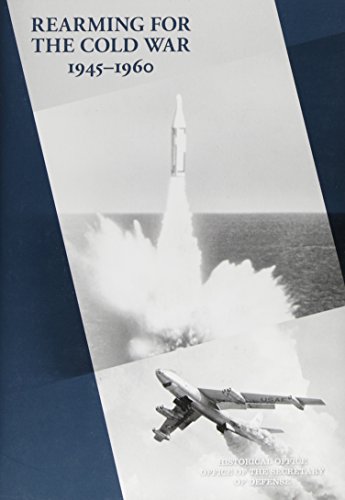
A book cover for Rearming for the Cold War, 1945-1960 (History of Acquisition in the Department of Defense); Elliott V. Converse III; Business & Money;